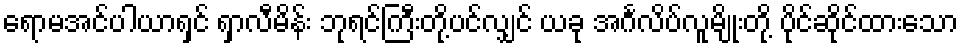
ရောမအင်ပါယာရှင် ရှာလီမိန်း ဘုရင်ကြီးတို့ပင်လျှင် ယခု အင်္ဂလိပ်လူမျိုးတို့ ပိုင်ဆိုင်ထားသော